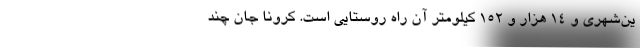
ین‌شهری و ۱۴ هزار و ۱۵۲ کیلومتر آن راه روستایی است. کرونا جان چند